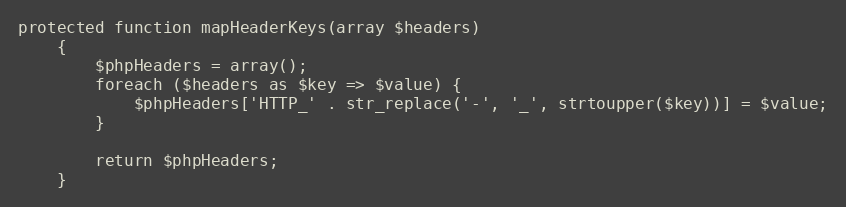
Language: PHP
protected function mapHeaderKeys(array $headers)
    {
        $phpHeaders = array();
        foreach ($headers as $key => $value) {
            $phpHeaders['HTTP_' . str_replace('-', '_', strtoupper($key))] = $value;
        }

        return $phpHeaders;
    }